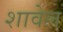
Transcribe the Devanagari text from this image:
शावेल